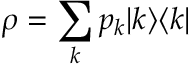
\rho = \sum _ { k } p _ { k } | k \rangle \langle k |